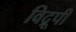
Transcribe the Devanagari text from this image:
विद्रूपी